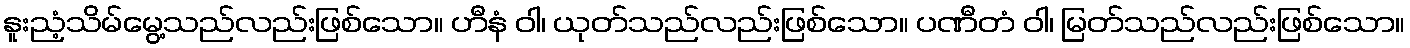
နူးညံ့သိမ်မွေ့သည်လည်းဖြစ်သော။ ဟီနံ ဝါ၊ ယုတ်သည်လည်းဖြစ်သော။ ပဏီတံ ဝါ၊ မြတ်သည်လည်းဖြစ်သော။